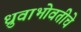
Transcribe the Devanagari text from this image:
ध्रुवाभोवतीचे